Vaccination North-Western Provinces and Oudh 1896-1901 - 1896-1901
Year: 1896
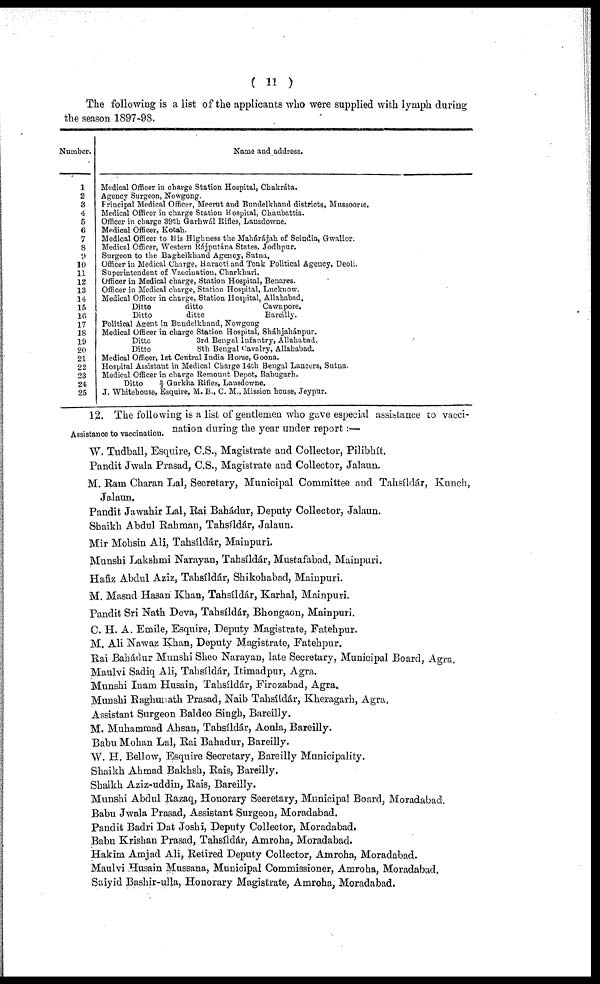
( 11 )
The following is a list of the applicants who were supplied with lymph during
the season 1897-98.
Number.
1
2
3
4
5
6
7
8
9
10
11
12
13
14
15
16
17
18
19
20
21
22
23
24
25
Name and address.
Medical Officer in charge Station Hospital, Chakráta.
Agency Surgeon, Nowgong.
Frincipal Medical Officer, Meerut and Bundelkhand districts, Mussoorie.
Medical Officer in charge Station Hospital, Chaubattia.
Officer in charge 39th Garhwál Rifles, Lansdowne.
Medical Officer, Kotah.
Medical Officer to His Highness the Mahárájah of Scindia, Gwalior.
Medical Officer, Western Rájputána States, Jodhpur.
Surgeon to the Baghelkhand Agency, Sutna.
Officer in Medical Charge, Haraoti and Tonk Political Agency, Deoli.
Superintendent of Vaccination, Charkhari.
Officer in Medical charge, Station Hospital, Benares.
Officer in Medical charge, Station Hospital, Lucknow.
Medical Officer in charge, Station Hospital, Allahabad,
Ditto
ditto
Cawnpore.
Ditto
ditto
Bareilly.
Political Agent in Bundelkhand, Nowgong
Medical Officer in charge Station Hospital, Sháhjahánpur.
Ditto
3rd Bengal Infantry, Allahabad.
Ditto
8th Bengal Cavalry, Allahabad.
Medical Officer, 1st Central India Horse, Goona.
Hospital Assistant in Medical Charge 14th Bengal Lancers, Sutna.
Medical Officer in charge Remount Depot, Babugarh.
Ditto 2/3 Gurkha Rifles, Lansdowne.
J. Whitehouse, Esquire, M. B., C. M., Mission house, Jeypur.
Assistance to vaccination.
12. The following is a list of gentlemen who gave especial assistance to vacci-
nation during the year under report:—
W. Tudball, Esquire, C.S., Magistrate and Collector, Pilibhít.
Pandit Jwala Prasad, C.S., Magistrate and Collector, Jalaun.
M. Ram Charan Lal, Secretary, Municipal Committee and Tahsíldár, Kunch,
Jalaun.
Pandit Jawahir Lal, Rai Bahádur, Deputy Collector, Jalaun.
Shaikh Abdul Rahman, Tahsíldár, Jalaun.
Mir Mohsin Ali, Tahsíldár, Mainpuri.
Munshi Lakshmi Narayan, Tahsíldár, Mustafabad, Mainpuri.
Hafiz Abdul Aziz, Tahsíldár, Shikohabad, Mainpuri.
M. Masud Hasan Khan, Tahsíldár, Karhal, Mainpuri.
Pandit Sri Nath Deva, Tahsíldár, Bhongaon, Mainpuri.
C. H. A. Emile, Esquire, Deputy Magistrate, Fatehpur.
M. Ali Nawaz Khan, Deputy Magistrate, Fatehpur.
Rai Bahádur Munshi Sheo Narayan, late Secretary, Municipal Board, Agra
Maulvì Sadiq Ali, Tahsíldár, Itimadpur, Agra.
Munshi Inam Husain, Tahsíldár, Firozabad, Agra.
Munshi Raghunath Prasad, Naib Tahsíldár, Kheragarh, Agra.
Assistant Surgeon Baldeo Singh, Bareilly.
M. Muhammad Ahsan, Tahsíldár, Aonla, Bareilly.
Babu Mohan Lal, Rai Bahadur, Bareilly.
W. H. Bellow, Esquire Secretary, Bareilly Municipality.
Shaikh Ahmad Bakhsh, Rais, Bareilly.
Shaikh Aziz-uddin, Rais, Bareilly.
Munshi Abdul Razaq, Honorary Secretary, Municipal Board, Moradabad.
Babu Jwala Prasad, Assistant Surgeon, Moradabad.
Pandit Badri Dat Joshi, Deputy Collector, Moradabad.
Babu Krishan Prasad, Tahsíldár, Amroha, Moradabad.
Hakim Amjad Ali, Retired Deputy Collector, Amroha, Moradabad.
Maulvi Husain Mussana, Municipal Commissioner, Amroha, Moradabad.
Saiyid Bashir-ulla, Honorary Magistrate, Amroha, Moradabad.